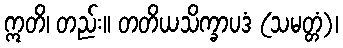
ဣတိ၊ တည်း။ တတိယသိက္ခာပဒံ (သမတ္တံ)၊